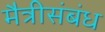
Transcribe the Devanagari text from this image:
मैत्रीसंबंध